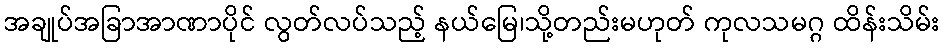
အချုပ်အခြာအာဏာပိုင် လွတ်လပ်သည့် နယ်မြေ၊သို့တည်းမဟုတ် ကုလသမဂ္ဂ ထိန်းသိမ်း